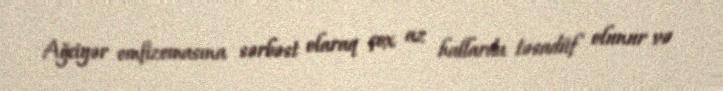
Ağciyər emfizemasına sərbəst olaraq çox az hallarda təsadüf olunur və